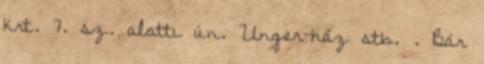
krt. 7. sz. alatti ún. Unger-ház stb. . Bár